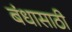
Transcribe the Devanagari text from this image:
बंधासाठी